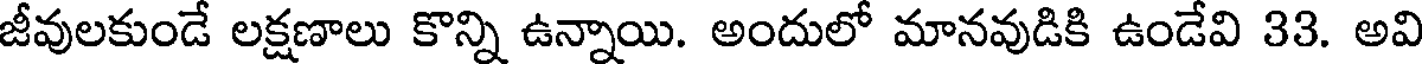
జీవులకుండే లక్షణాలు కొన్ని ఉన్నాయి. అందులో మానవుడికి ఉండేవి 33. అవి